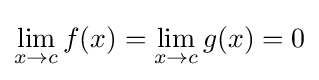
\lim _{x\to c}f(x)=\lim _{x\to c}g(x)=0